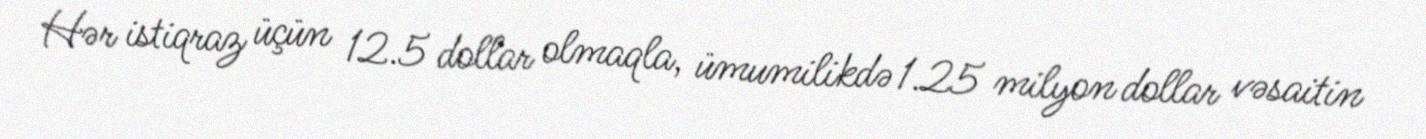
Hər istiqraz üçün 12.5 dollar olmaqla, ümumilikdə 1.25 milyon dollar vəsaitin